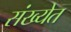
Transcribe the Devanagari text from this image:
संख्‍येत